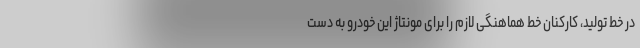
در خط تولید، کارکنان خط هماهنگی لازم را برای مونتاژ این خودرو به دست